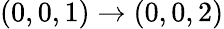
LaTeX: (0,0,1)\rightarrow(0,0,2)